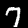
Label: 7